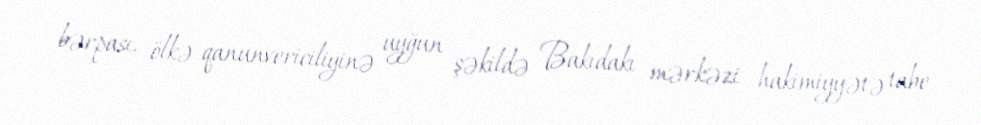
bərpası, ölkə qanunvericiliyinə uyğun şəkildə Bakıdakı mərkəzi hakimiyyətə tabe